Scientific memoirs by medical officers of the Army of India - Part X,
Year: 1897
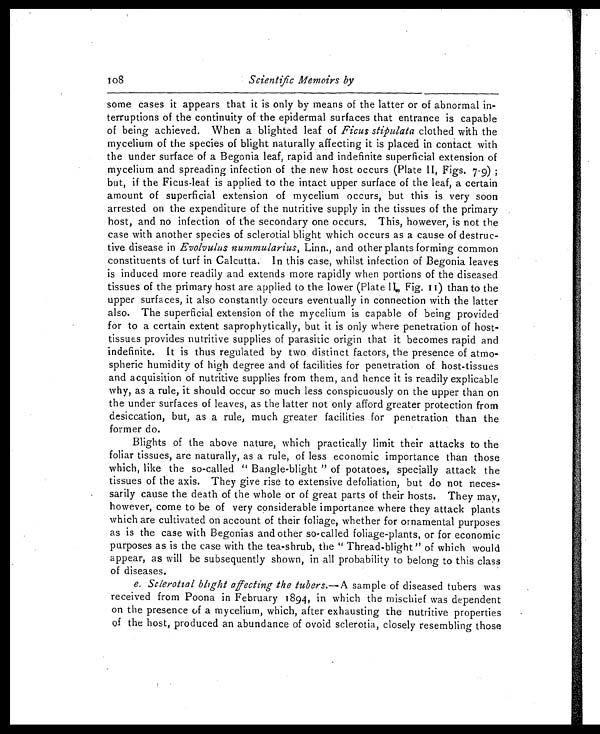
108
Scientific Memoirs by
some cases it appears that it is only by means of the latter or of abnormal in
-
terruptions of the continuity of the epidermal surfaces that entrance is capable
of being achieved. When a blighted leaf of Ficus stipulata clothed with the
mycelium of the species of blight naturally affecting it is placed in contact with
the under surface of a Begonia leaf, rapid and indefinite superficial extension of
mycelium and spreading infection of the new host occurs (Plate II, Figs. 7.9)
; but, if the Ficus-leaf is applied to the intact upper surface of the leaf, a certain
amount of superficial extension of mycelium occurs, but this is very soon
arrested on the expenditure of the nutritive supply in the tissues of the primary
host, and no infection of the secondary one occurs. This, however, is not the
case with another species of sclerotial blight which occurs as a cause of destruc
-
tive disease in Evolvulus nummularius, Linn., and other plants forming common
constituents of turf in Calcutta. In this case, whilst infection of Begonia leaves
is induced more readily and extends more rapidly when portions of the diseased
tissues of the primary host are applied to the lower (Plate II, Fig. 11) than to the
upper surfaces, it also constantly occurs eventually in connection with the latter
also. The superficial extension of the mycelium is capable of being provided
for to a certain extent saprophytically, but it is only where penetration of host-
tissues provides nutritive supplies of parasitic origin that it becomes rapid and
indefinite. It is thus regulated by two distinct factors, the presence of atmo
-
spheric humidity of high degree and of facilities for penetration of host-tissues
and acquisition of nutritive supplies from them, and hence it is readily explicable
why, as a rule, it should occur so much less conspicuously on the upper than on
the under surfaces of leaves, as the latter not only afford greater protection from
desiccation, but, as a rule, much greater facilities for penetration than the
former do.
Blights of the above nature, which practically limit their attacks to the
foliar tissues, are naturally, as a rule, of less economic importance than those
which, like the so-called " Bangle-blight " of potatoes, specially attack the
tissues of the axis. They give rise to extensive defoliation, but do not neces
-
sarily cause the death of the whole or of great parts of their hosts. They may,
however, come to be of very considerable importance where they attack plants
which are cultivated on account of their foliage, whether for ornamental purposes
as is the case with Begonias and other so-called foliage-plants, or for economic
purposes as is the case with the tea-shrub, the " Thread-blight" of which would
appear, as will be subsequently shown, in all probability to belong to this class
of diseases.
e. Sclerotial blight affecting the tubers. —A sample of diseased tubers was
received from Poona in February 1894, in which the mischief was dependent
on the presence of a mycelium, which, after exhausting the nutritive properties
of the host, produced an abundance of ovoid sclerotia, closely resembling those